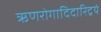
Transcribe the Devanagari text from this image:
ऋणरोगादिदारिद्रयं